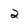
Character: 2